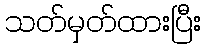
သတ်မှတ်ထားပြီး